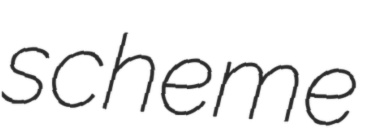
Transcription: scheme